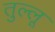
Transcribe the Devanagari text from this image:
तुल्लू